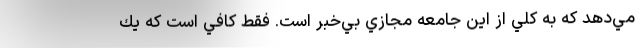
مي‌دهد كه به كلي از اين جامعه مجازي بي‌خبر است. فقط كافي است كه يك